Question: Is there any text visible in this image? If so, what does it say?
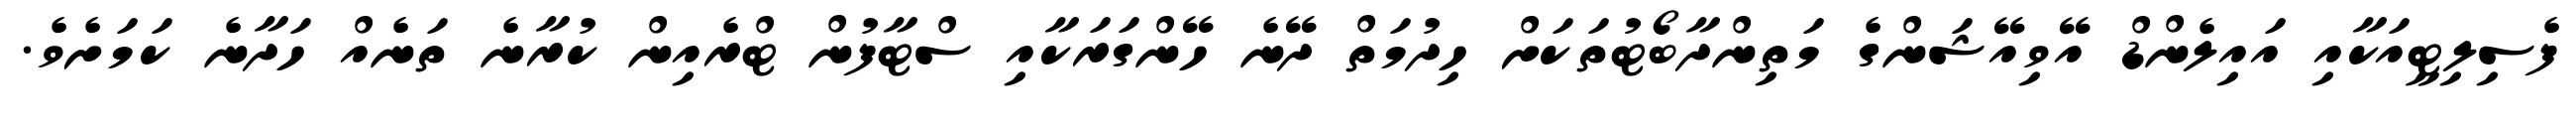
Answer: ފެސިލިޓީއަކާއި އައިލެންޑް އޭވިއޭޝަންގެ މަތިންދާބޯޓުތަކަށް ހިދުމަތް ދޭނެ ހޭންގަރަކާއި ސްޓާފުން ޓްރެއިން ކުރާނެ ތަނެއް ހަދާނެ ކަމަށެވެ.